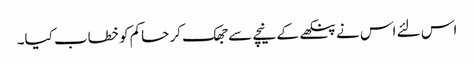
اس لئے اس نے پنکھے کے نیچے سے جھک کر حاکم کو خطاب کیا۔